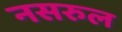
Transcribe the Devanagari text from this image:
नसरुल